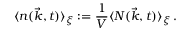
\langle n ( \vec { k } , t ) \rangle _ { \xi } : = { \frac { 1 } { V } } \langle N ( \vec { k } , t ) \rangle _ { \xi } \, .